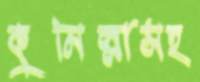
কুমিল্লাসহ